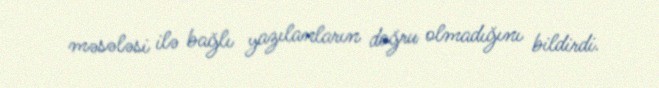
məsələsi ilə bağlı yazılanların doğru olmadığını bildirdi.